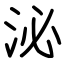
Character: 泌